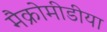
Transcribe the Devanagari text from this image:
मैक्रोमीडीया